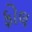
ફોલ